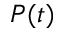
P ( t )